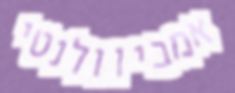
אמביוולנטי